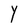
Character: Y